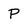
Character: P